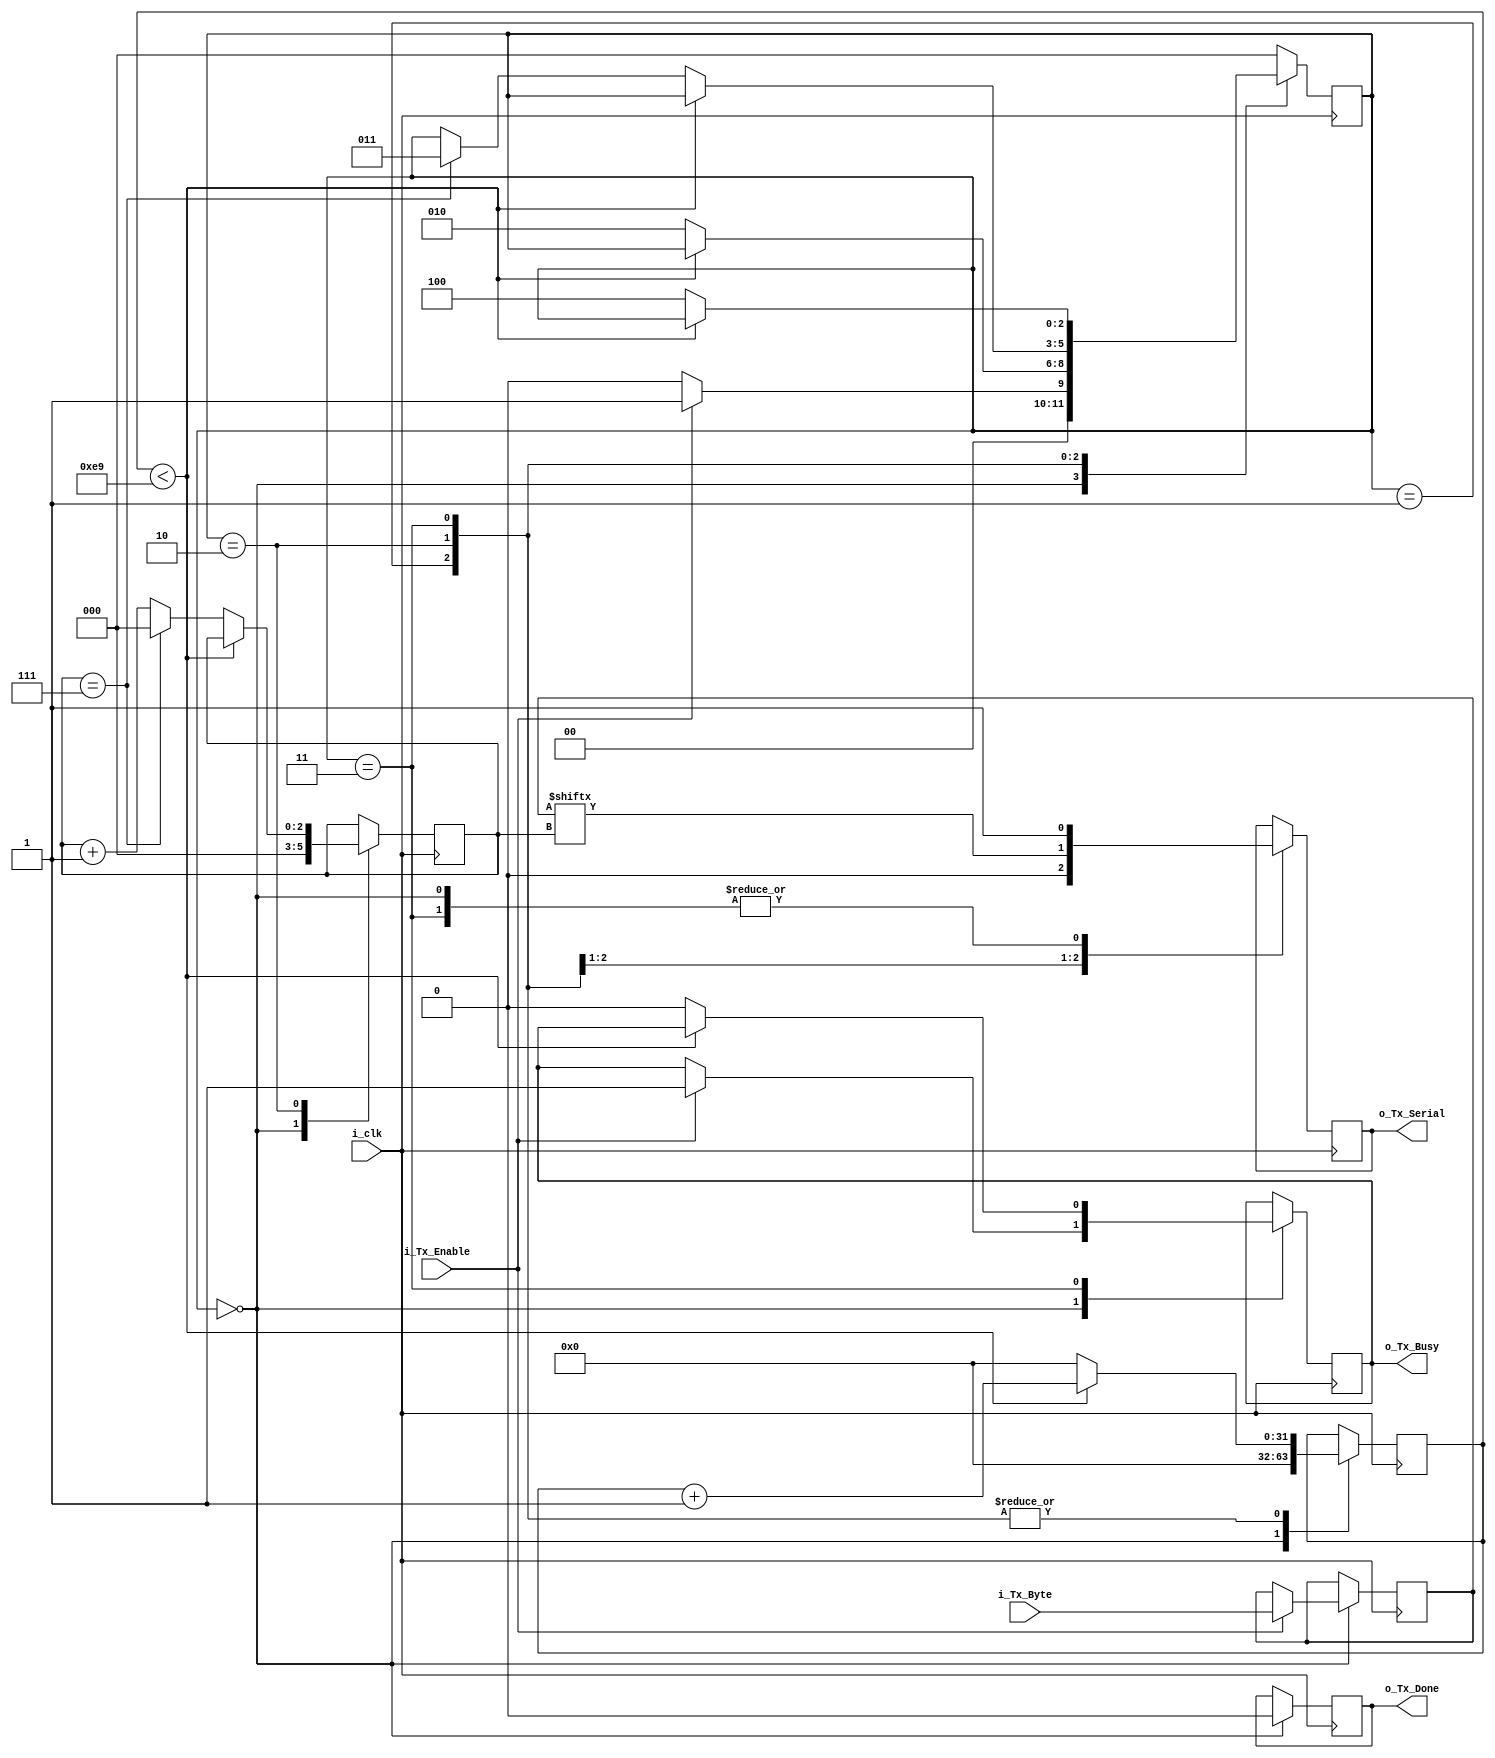
module serial #(parameter BAUD_RATE=115_200, CLOCK_RATE = 27_000_000)
               (
                   input       i_clk,
                   input [7:0] i_Tx_Byte,
                   input       i_Tx_Enable,
                   output      o_Tx_Busy,
                   output reg  o_Tx_Serial,
                   output reg  o_Tx_Done
               );

    localparam CLOCK_DIVIDER = CLOCK_RATE / BAUD_RATE;
    
    localparam s_UART_IDLE   = 3'b000;
    localparam s_UART_START  = 3'b001;
    localparam s_UART_DATA   = 3'b010;
    localparam s_UART_STOP   = 3'b011;
    localparam s_UART_FINISH = 3'b100;
    
    reg [2:0] r_Serial_SM     = s_UART_IDLE;
    reg [31:0] r_Clock_Counter = 32'd0;
    reg [2:0] r_Bit_Index     = 4'd0;
    reg [7:0] r_Tx_Data       = 8'd0;
    reg       r_Tx_Done       = 1'd0;
    reg       r_Tx_Busy       = 1'd0;

    assign o_Tx_Busy = r_Tx_Busy;
    assign O_Tx_Done = r_Tx_Done;

    
    always @(posedge i_clk)
    begin 
        case(r_Serial_SM)
    
          s_UART_IDLE : begin
            r_Clock_Counter <= 32'd0;
            r_Bit_Index     <= 1'd0; 
            o_Tx_Serial     <= 1'b1;
            o_Tx_Done       <= 1'b0;
    
            if (i_Tx_Enable == 1'b1)
              begin
                r_Tx_Busy   <= 1'b1;
                r_Tx_Data   <= i_Tx_Byte;
                r_Serial_SM <= s_UART_START;
              end
            else 
              begin
                r_Serial_SM <= s_UART_IDLE;
              end
          end
    
          s_UART_START : begin
            o_Tx_Serial <= 1'b0;
    
            if (r_Clock_Counter < (CLOCK_DIVIDER - 1))
              begin
                  r_Clock_Counter <= r_Clock_Counter + 1;
              end
            else
              begin
                r_Clock_Counter <= 32'd0;
                r_Serial_SM     <= s_UART_DATA;
              end
            end
    
          s_UART_DATA : begin
            o_Tx_Serial <= r_Tx_Data[r_Bit_Index];
    
            if (r_Clock_Counter < (CLOCK_DIVIDER -1))
            begin
                r_Clock_Counter <= r_Clock_Counter + 1;
            end else begin
                r_Clock_Counter <= 32'd0;
                r_Bit_Index <= r_Bit_Index + 1;
                if (r_Bit_Index == 7)
                  begin
                    r_Serial_SM <= s_UART_STOP;
                    r_Bit_Index <= 4'd0;
                  end
              end
            end
    
          s_UART_STOP : begin
            o_Tx_Serial <= 1'b1;
    
            if (r_Clock_Counter < (CLOCK_DIVIDER - 1))
            begin
                r_Clock_Counter <= r_Clock_Counter + 1;
            end else begin
                r_Tx_Done <= 1'b1;
                r_Clock_Counter <= 32'd0;
                r_Serial_SM <= s_UART_FINISH;
                r_Tx_Busy <= 1'b0;
              end
    
            end

          s_UART_FINISH : begin
              r_Tx_Done <= 1'b1;
              r_Serial_SM <= s_UART_IDLE;
            end

           default : 
              r_Serial_SM <= s_UART_IDLE;

        endcase
    end


endmodule